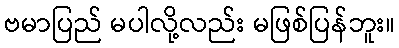
ဗမာပြည် မပါလို့လည်း မဖြစ်ပြန်ဘူး။